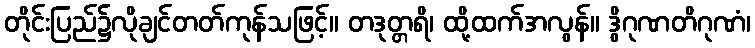
တိုင်းပြည်၌လိုချင်တတ်ကုန်သဖြင့်။ တဒုတ္တရိ၊ ထို့ထက်အလွန်။ ဒွိဂုဏတိဂုဏံ၊